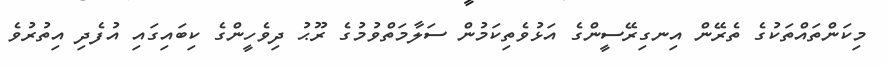
މިކަންތައްތަކުގެ ތެރޭން އިނގިރޭސީންގެ އަޅުވެތިކަމުން ސަލާމަތްވުމުގެ ރޫޙު ދިވެހީންގެ ކިބައިގައި އުފެދި އިތުރުވެ